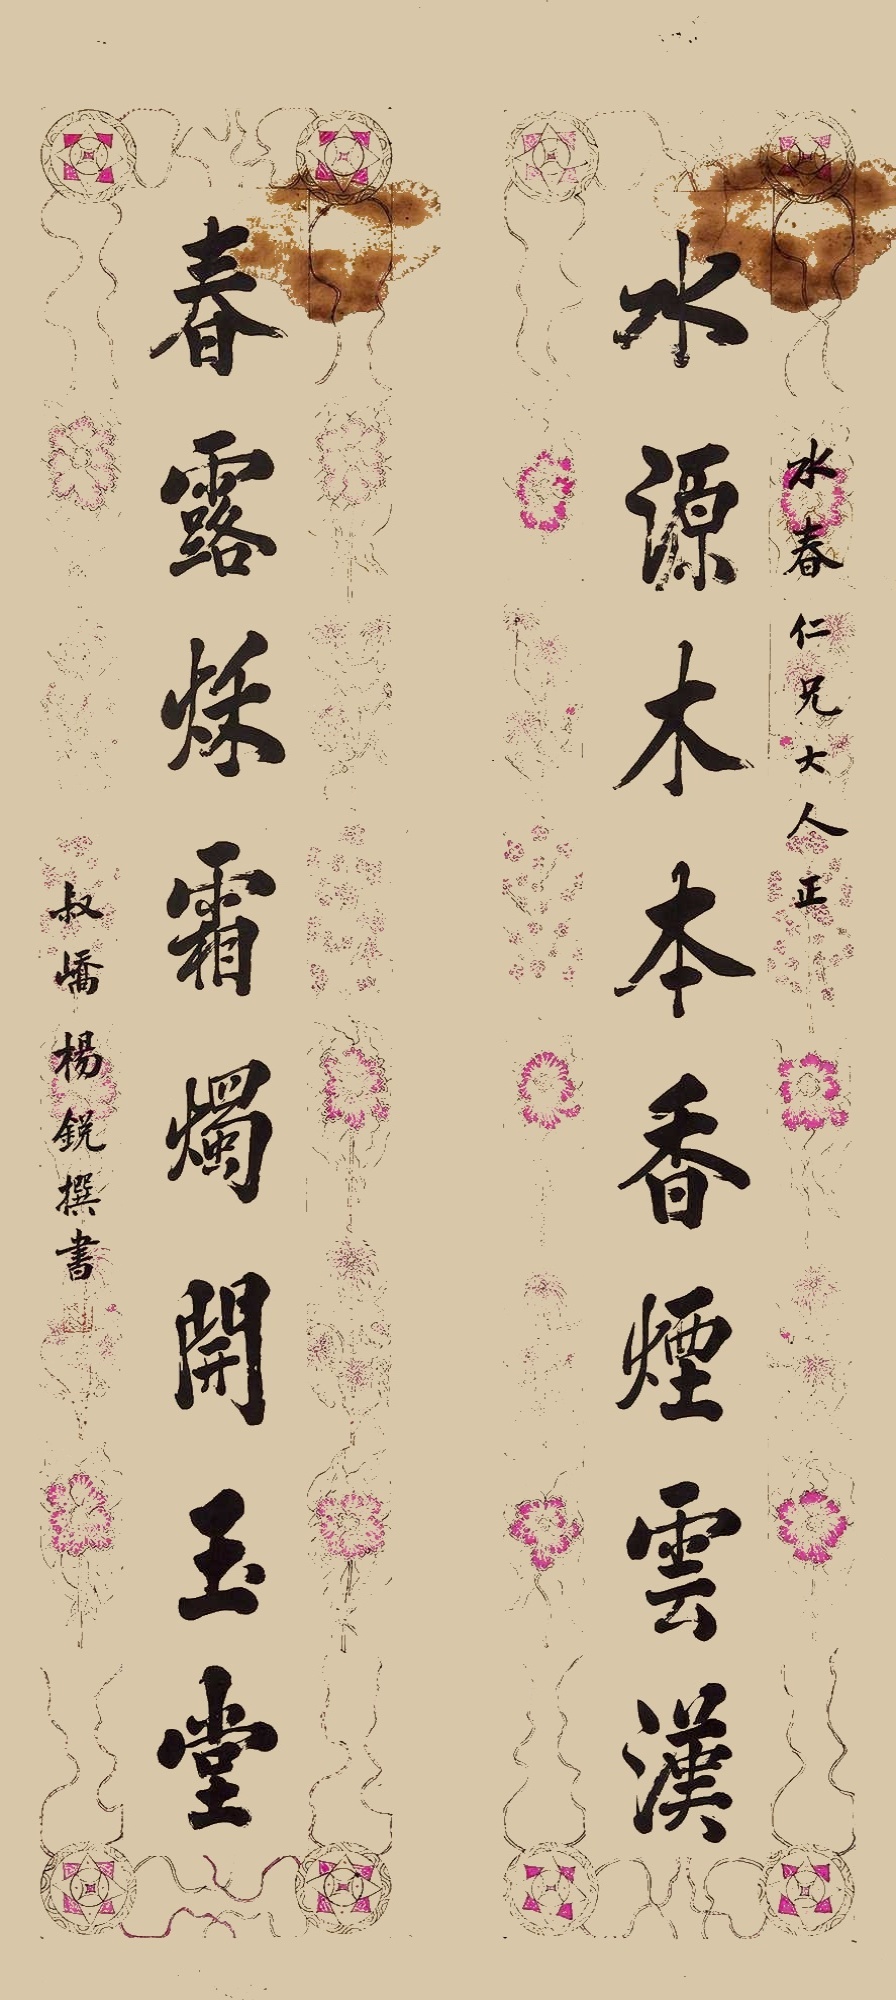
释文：水源木本香烟云汉，春露秋霜烛开玉堂。水春仁兄大人正，叔峤杨锐撰书。